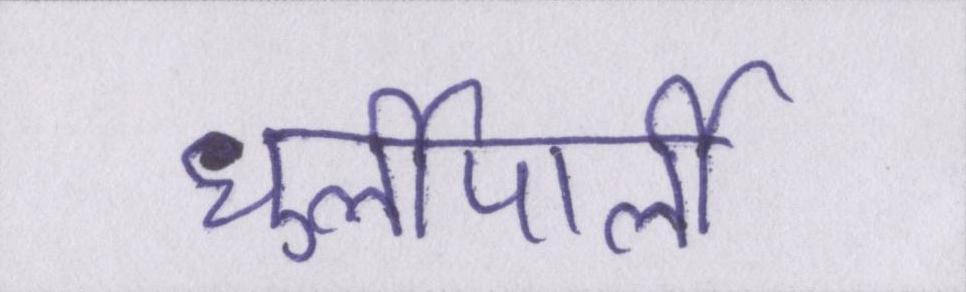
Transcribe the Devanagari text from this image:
धुर्लीपार्ली